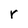
Character: r